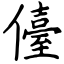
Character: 儓